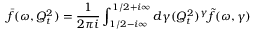
\bar { f } ( \omega , Q _ { t } ^ { 2 } ) = { \frac { 1 } { 2 \pi i } } \int _ { 1 / 2 - i \infty } ^ { 1 / 2 + i \infty } d \gamma ( Q _ { t } ^ { 2 } ) ^ { \gamma } \tilde { f } ( \omega , \gamma )